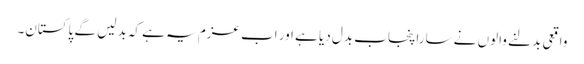
واقعی بدلنے والوں نے سارا پنجاب بدل دیا ہے اور اب عزم یہ ہے کہ بدلیں گے پاکستان۔